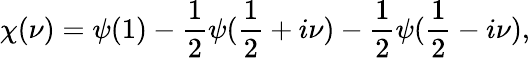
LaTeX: \chi(\nu)=\psi(1)-{\frac{1}{2}}\psi({\frac{1}{2}}+i\nu)-{\frac{1}{2}}\psi({\frac{1}{2}}-i\nu),